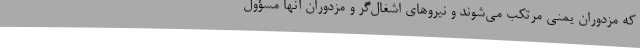
که مزدوران یمنی مرتکب می‌شوند و نیروهای اشغال‌گر و مزدوران آنها مسؤول